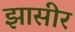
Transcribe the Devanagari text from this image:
झासीर